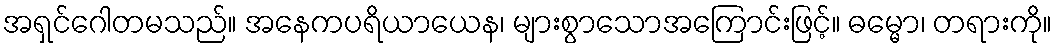
အရှင်ဂေါတမသည်။ အနေကပရိယာယေန၊ များစွာသောအကြောင်းဖြင့်။ ဓမ္မော၊ တရားကို။